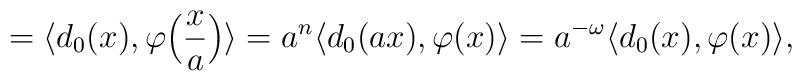
=\langle d_0(x),\varphi\Bigl(\frac{x}{a}\Bigr)\rangle=a^n\langle d_0(ax),\varphi (x)\rangle=a^{-\omega} \langle d_0(x),\varphi(x)\rangle,